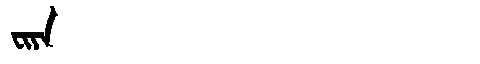
Manchu: ᠸᡳᠶᠠ
Romanization: FIYA